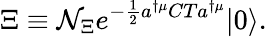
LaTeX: \Xi\equiv{\cal N}_{\Xi}e^{-\frac{1}{2}a^{\dagger\mu}CTa^{\dagger\mu}}|0\rangle.